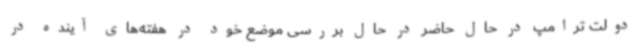
دولت ترامپ در حال حاضر در حال بررسی موضع خود در هفته‌های آینده در